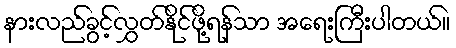
နားလည်ခွင့်လွှတ်နိုင်ဖို့ရန်သာ အရေးကြီးပါတယ်။